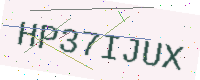
Text: HP37IJUX